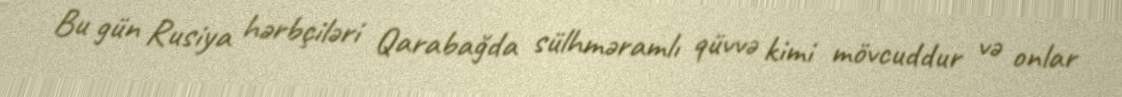
Bu gün Rusiya hərbçiləri Qarabağda sülhməramlı qüvvə kimi mövcuddur və onlar